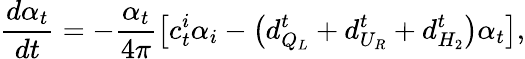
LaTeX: \frac{d\alpha_{t}}{dt}=-\frac{\alpha_{t}}{4\pi}\left[c_{t}^{i}\alpha_{i}-\left(d_{Q_{L}}^{t}+d_{U_{R}}^{t}+d_{H_{2}}^{t}\right)\alpha_{t}\right],